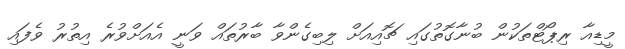
މީޑިއާ ރިޕޯޓްތަކުން ބުނާގޮތުގައި ޗޮއިއަށް ލިބިގެންވާ ބާރުތައް ވަނީ އެއަށްވުރެ އިތުރު ވެފައި